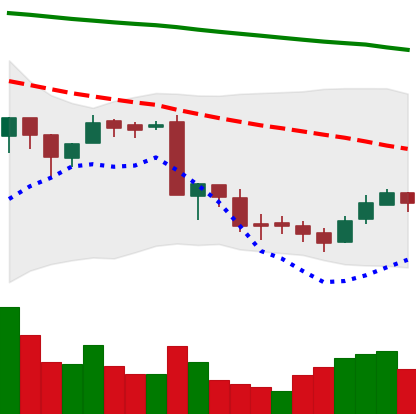
Ticker: BNB-USD
Chart end date: 2018-09-16
Forward return: 4.778%
Label: up_3_5